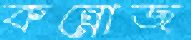
কন্নোজ